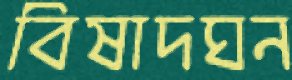
বিষাদঘন